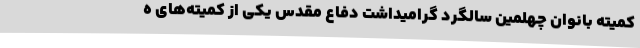
کمیته بانوان چهلمین سالگرد گرامیداشت دفاع مقدس یکی از کمیته‌های ه